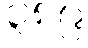
၃၈၉